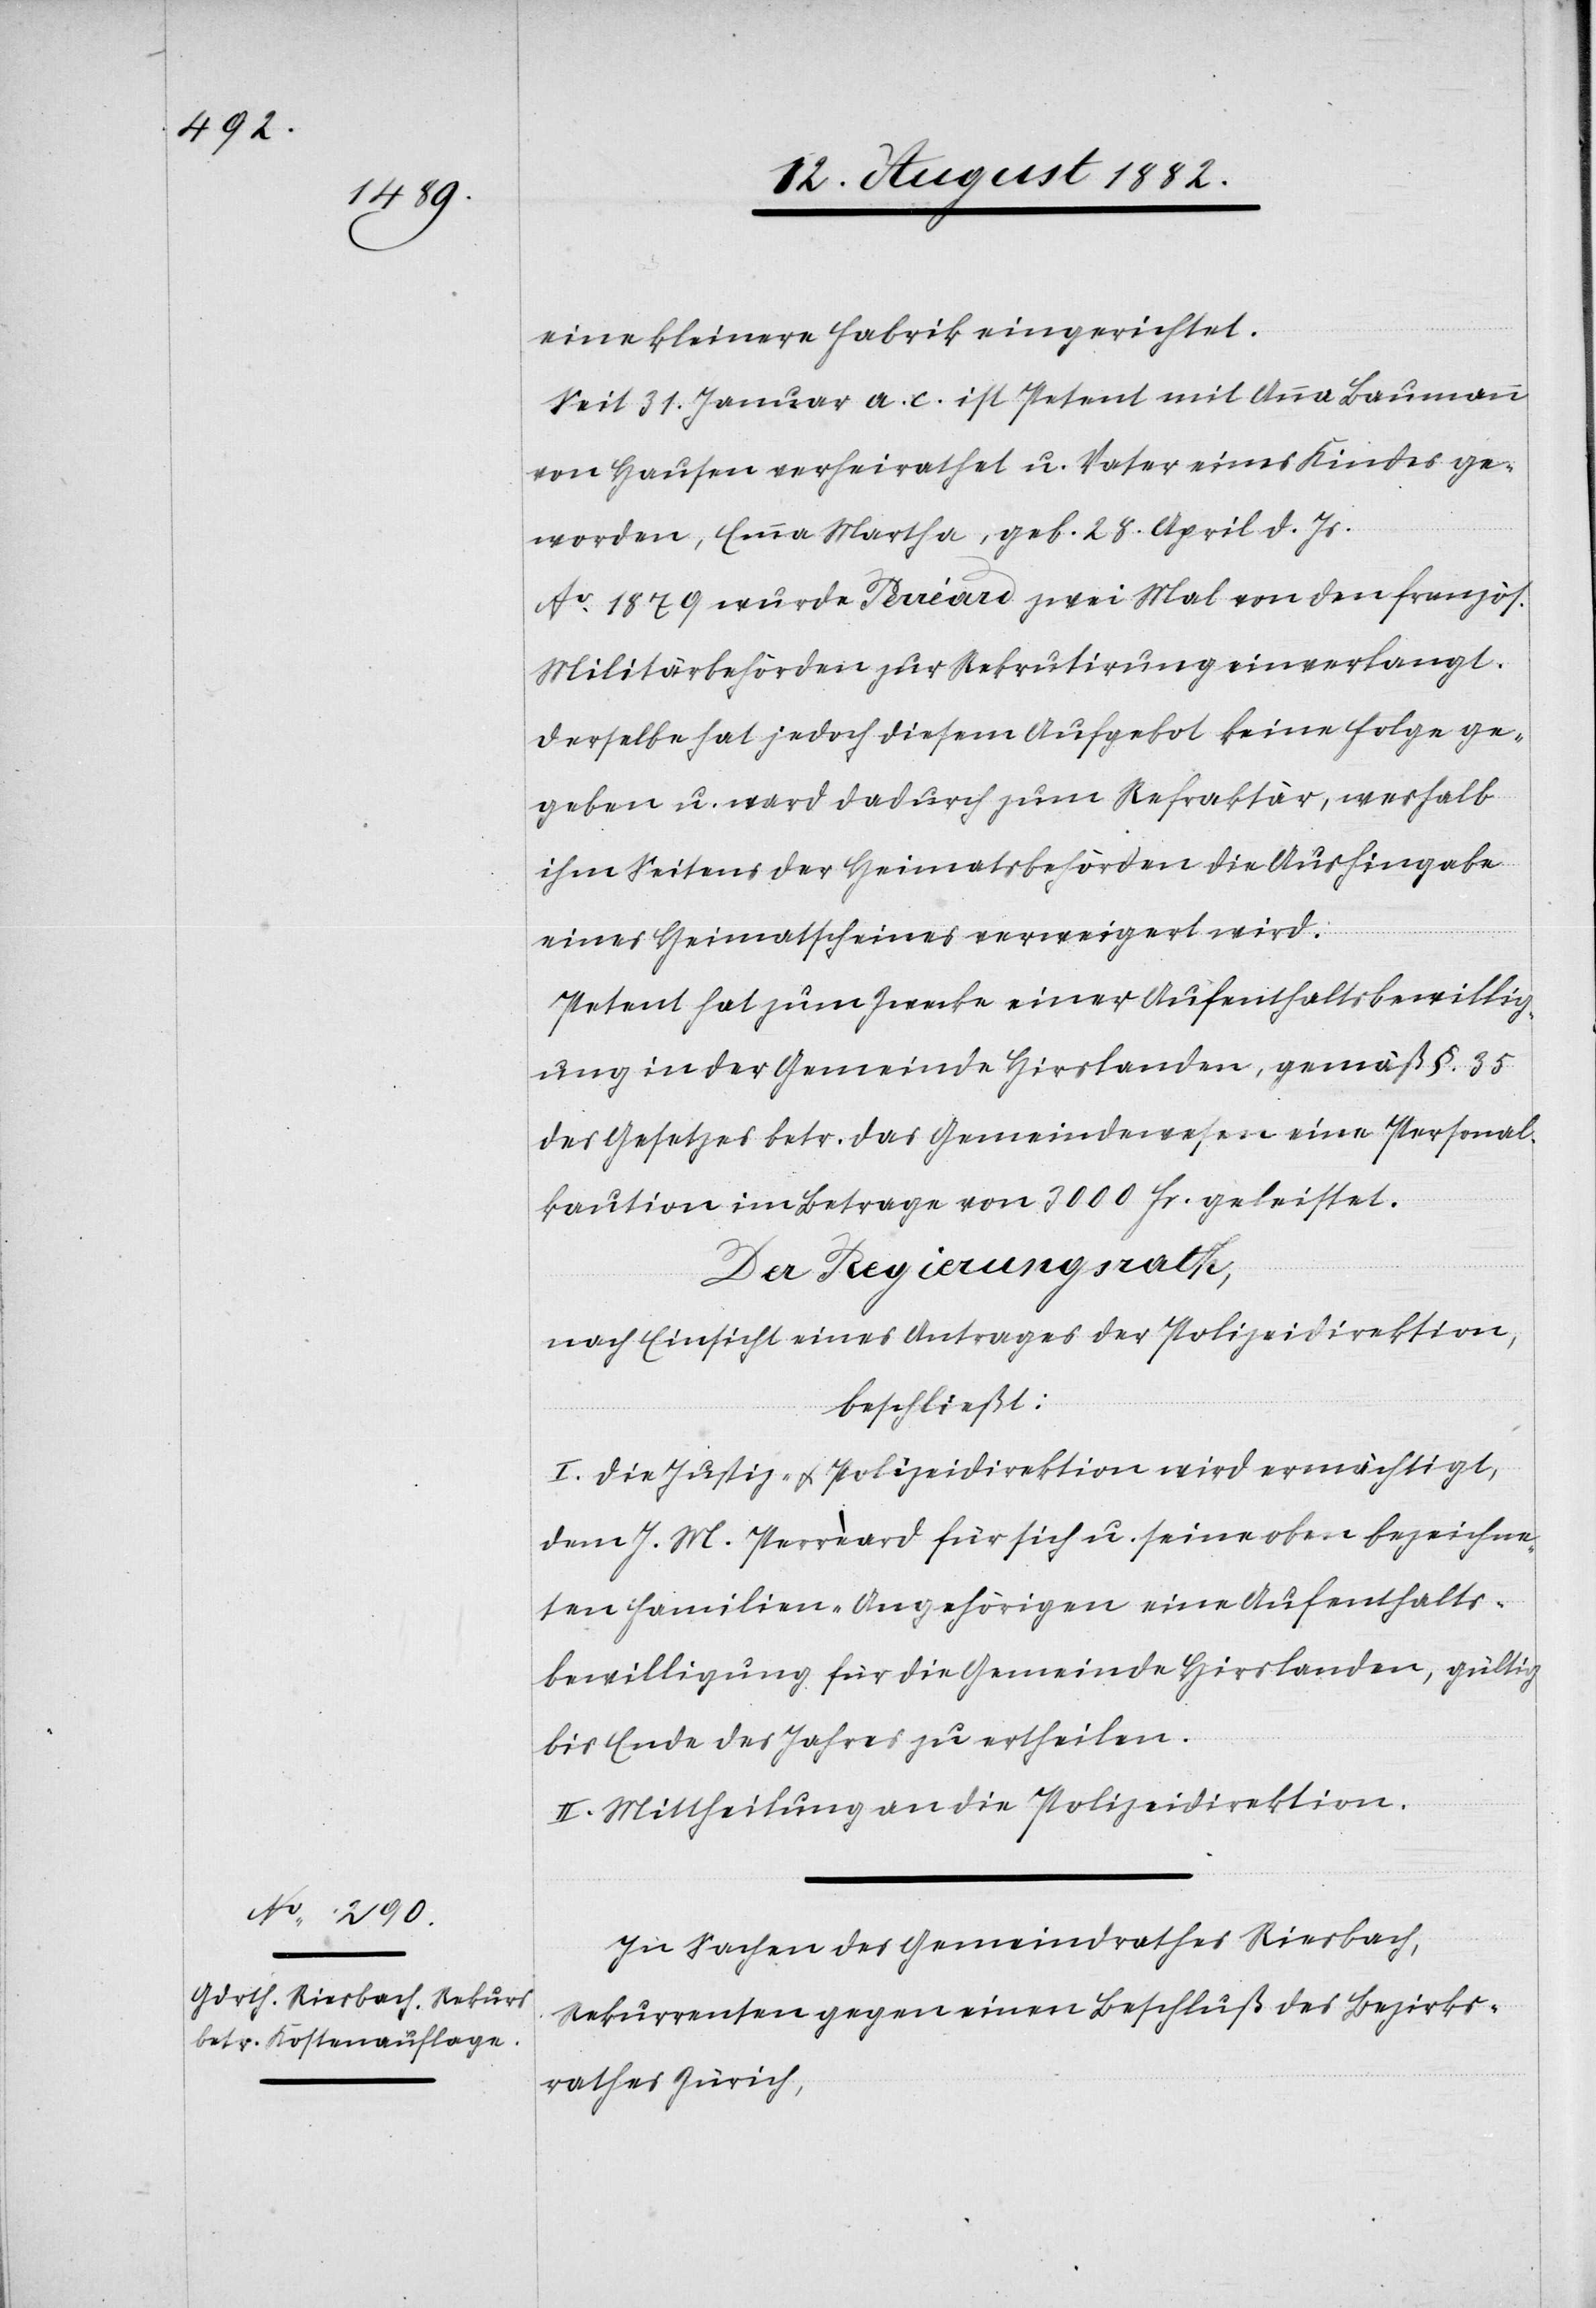
eine kleinere Fabrik eingerichtet.
Seit 31. Januar a. c. ist Petent mit Anna Baumann
von Hausen verheirathet u. Vater eines Kindes ge¬
worden, Emma Martha, geb. 28. April d. Js.
Ao 1879 wurde Peréard zwei Mal von den französ.
Militärbehörden zur Rekrutirung einverlangt.
Derselbe hat jedoch diesem Aufgebot keine Folge ge¬
geben u. ward dadurch zum Refraktär, weshalb
ihm Seitens der Heimatsbehörden die Aushingabe
eines Heimatscheines verweigert wird.
Petent hat zum Zwecke einer Aufenthaltsbewillig¬
ung in der Gemeinde Hirslanden, gemäß §. 35
des Gesetzes betr. das Gemeindewesen eine Personal¬
kaution im Betrage von 3000 Fr. geleistet.
Der Regierungsrath,
nach Einsicht eines Antrages der Polizeidirektion,
beschließt:
I. Die Justiz- & Polizeidirektion wird ermächtigt,
dem J. M. Perrèard für sich u. seine oben bezeichne¬
ten Familien-Angehörigen eine Aufenthalts¬
bewilligung für die Gemeinde Hirslanden, gültig
bis Ende des Jahres zu ertheilen.
II. Mittheilung an die Polizeidirektion.
In Sachen des Gemeindrathes Riesbach,
Rekurrenten gegen einen Beschluß des Bezirks¬
rathes Zürich,